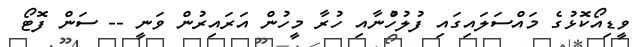
ވީޑިއޯކޮޅުގެ މައްސަލައިގައި ފުލުހުްނާއި ހުރާ މީހުން އަރައިރުން ވަނީ -- ސަން ފޮޓޯ